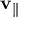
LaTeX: \mathbf { v } _ { \| }